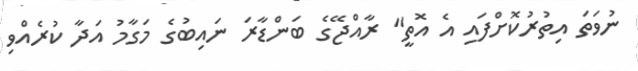
ނުވަތަ އިތުރުކޮށްފައި އެ އޮތީ" ރާއްޖޭގެ ބަންޑާރަ ނައިބުގެ މަގާމު އަދާ ކުރެއްވި